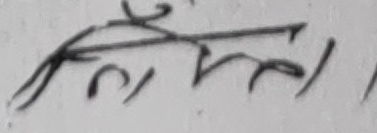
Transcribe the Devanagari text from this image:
र्फमल